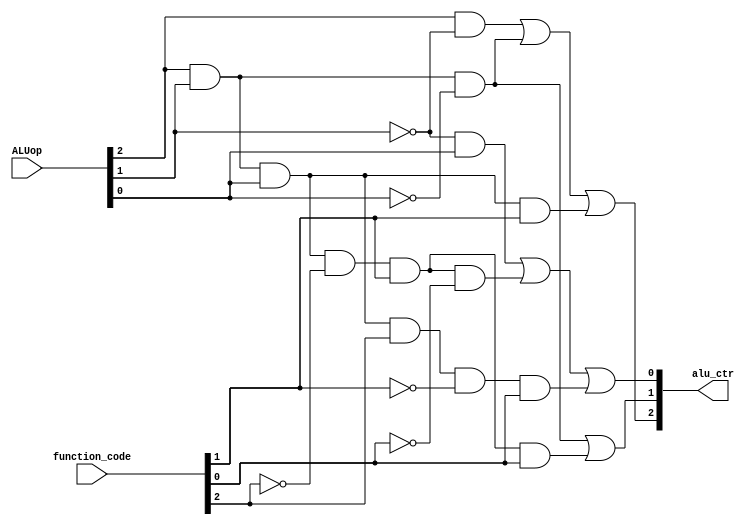
// Instruction     Example         Meaning                         Type OPCODE FUNCTCODE   alu_ctr

// add,            add $1,$2,$3,   $1 = $2 + $3,                     R, 000000, 000010     101
// subtract,       sub $1,$2,$3,   $1 = $2 - $3,                     R, 000000, 000011     110
// and,            and $1,$2,$3,   $1 = $2 & $3,                     R, 000000, 000100     000
// or,             or  $1,$2,$3,   $1 = $2 | $3,                     R, 000000, 000101     001
// set less then,  slt $1,$2,$3,   if ($2 < $3) $1 = 1; else $1 = 0, R, 000000, 000111     100
// jump register,  jr $1,          go to address stored in $1        R, 000000, 001000     xxx


// alu_ctr
// AND         000
// OR          001
// XOR         010
// NOR         011
// LESS THAN   100
// ADD         101
// SUB         110
// MOD         111


// TRUTH TABLE
//  A[2]    A[1]    A[0]        F[5]    F[4]    F[3]    F[2]    F[1]    F[0]        a_c[2]  a_c[1]  a_c[0]
//  0       0       0           x       x       x       x       x       x           0       0       0
//  0       0       1           x       x       x       x       x       x           0       0       1
//  1       0       0           x       x       x       x       x       x           1       0       0
//  1       0       1           x       x       x       x       x       x           1       0       1
//  1       1       0           x       x       x       x       x       x           1       1       0
//  1       1       1           0       0       0       0       1       0           1       0       1
//  1       1       1           0       0       0       0       1       1           1       1       0
//  1       1       1           0       0       0       1       0       0           0       0       0
//  1       1       1           0       0       0       1       0       1           0       0       1
//  1       1       1           0       0       0       1       1       1           1       0       0

// a_c[2] = A[2] & A[1]' | A[2] & A[1] & A[0]' | r_type & F[1]
// a_c[1] = A[2] & A[1] & A[0]' | r_type & [F2]' & F[1] & F[0]
// a_c[0] = A[1]' & A[0] | r_type & F[2]' & F[1] & F[0]' | r_type & F[2] & F[1]' & F[0]

module alu_control(
    output [2:0] alu_ctr,
    input [5:0] function_code,
    input [2:0] ALUop
    );

    wire r_type;
    wire fc_0_not, fc_1_not, fc_2_not;
    wire ALUop_2_not, ALUop_1_not, ALUop_0_not;

    not not_fc_0(fc_0_not, function_code[0]);
    not not_fc_1(fc_1_not, function_code[1]);
    not not_fc_2(fc_2_not, function_code[2]);

    not not_ALUop_2(ALUop_2_not, ALUop[2]);
    not not_ALUop_1(ALUop_1_not, ALUop[1]);
    not not_ALUop_0(ALUop_0_not, ALUop[0]);

    // if ALUop is 111, then it is an R-type instruction
    and r_type_and(r_type, ALUop[2], ALUop[1], ALUop[0]);

    and ac2_and1(w1, ALUop[2], ALUop_1_not);
    and ac2_and2(w2, ALUop[2], ALUop[1], ALUop_0_not);
    and ac2_and3(w3, r_type, function_code[1]);
    or ac2_or(alu_ctr[2], w1, w2, w3);

    and ac1_and1(w4, ALUop[2], ALUop[1], ALUop_0_not);
    and ac1_and2(w5, r_type, fc_2_not, function_code[1], function_code[0]);
    or ac1_or(alu_ctr[1], w4, w5);

    and ac0_and1(w6, ALUop_1_not, ALUop[0]);
    and ac0_and2(w7, r_type, fc_2_not, function_code[1], fc_0_not);
    and ac0_and3(w8, r_type, function_code[2], fc_1_not, function_code[0]);
    or ac0_or(alu_ctr[0], w6, w7, w8);

endmodule